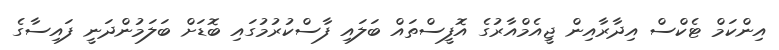
އިންކަމް ޓެކްސް އިދާރާއިން ޖީއެމްއާރުގެ އޮފީސްތައް ބަލައި ފާސްކުރުމުގައި ބޮޑަށް ބަލަމުންދަނީ ފައިސާގެ